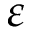
\varepsilon